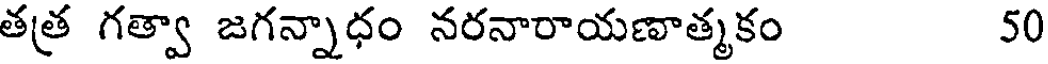
తత్ర గత్వా జగన్నాధం నరనారాయణాత్మకం 50